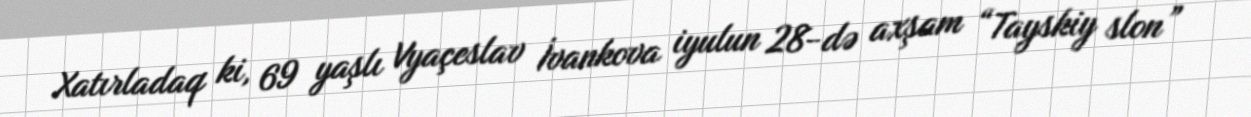
Xatırladaq ki, 69 yaşlı Vyaçeslav İvankova iyulun 28-də axşam “Tayskiy slon”